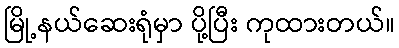
မြို့နယ်ဆေးရုံမှာ ပို့ပြီး ကုထားတယ်။